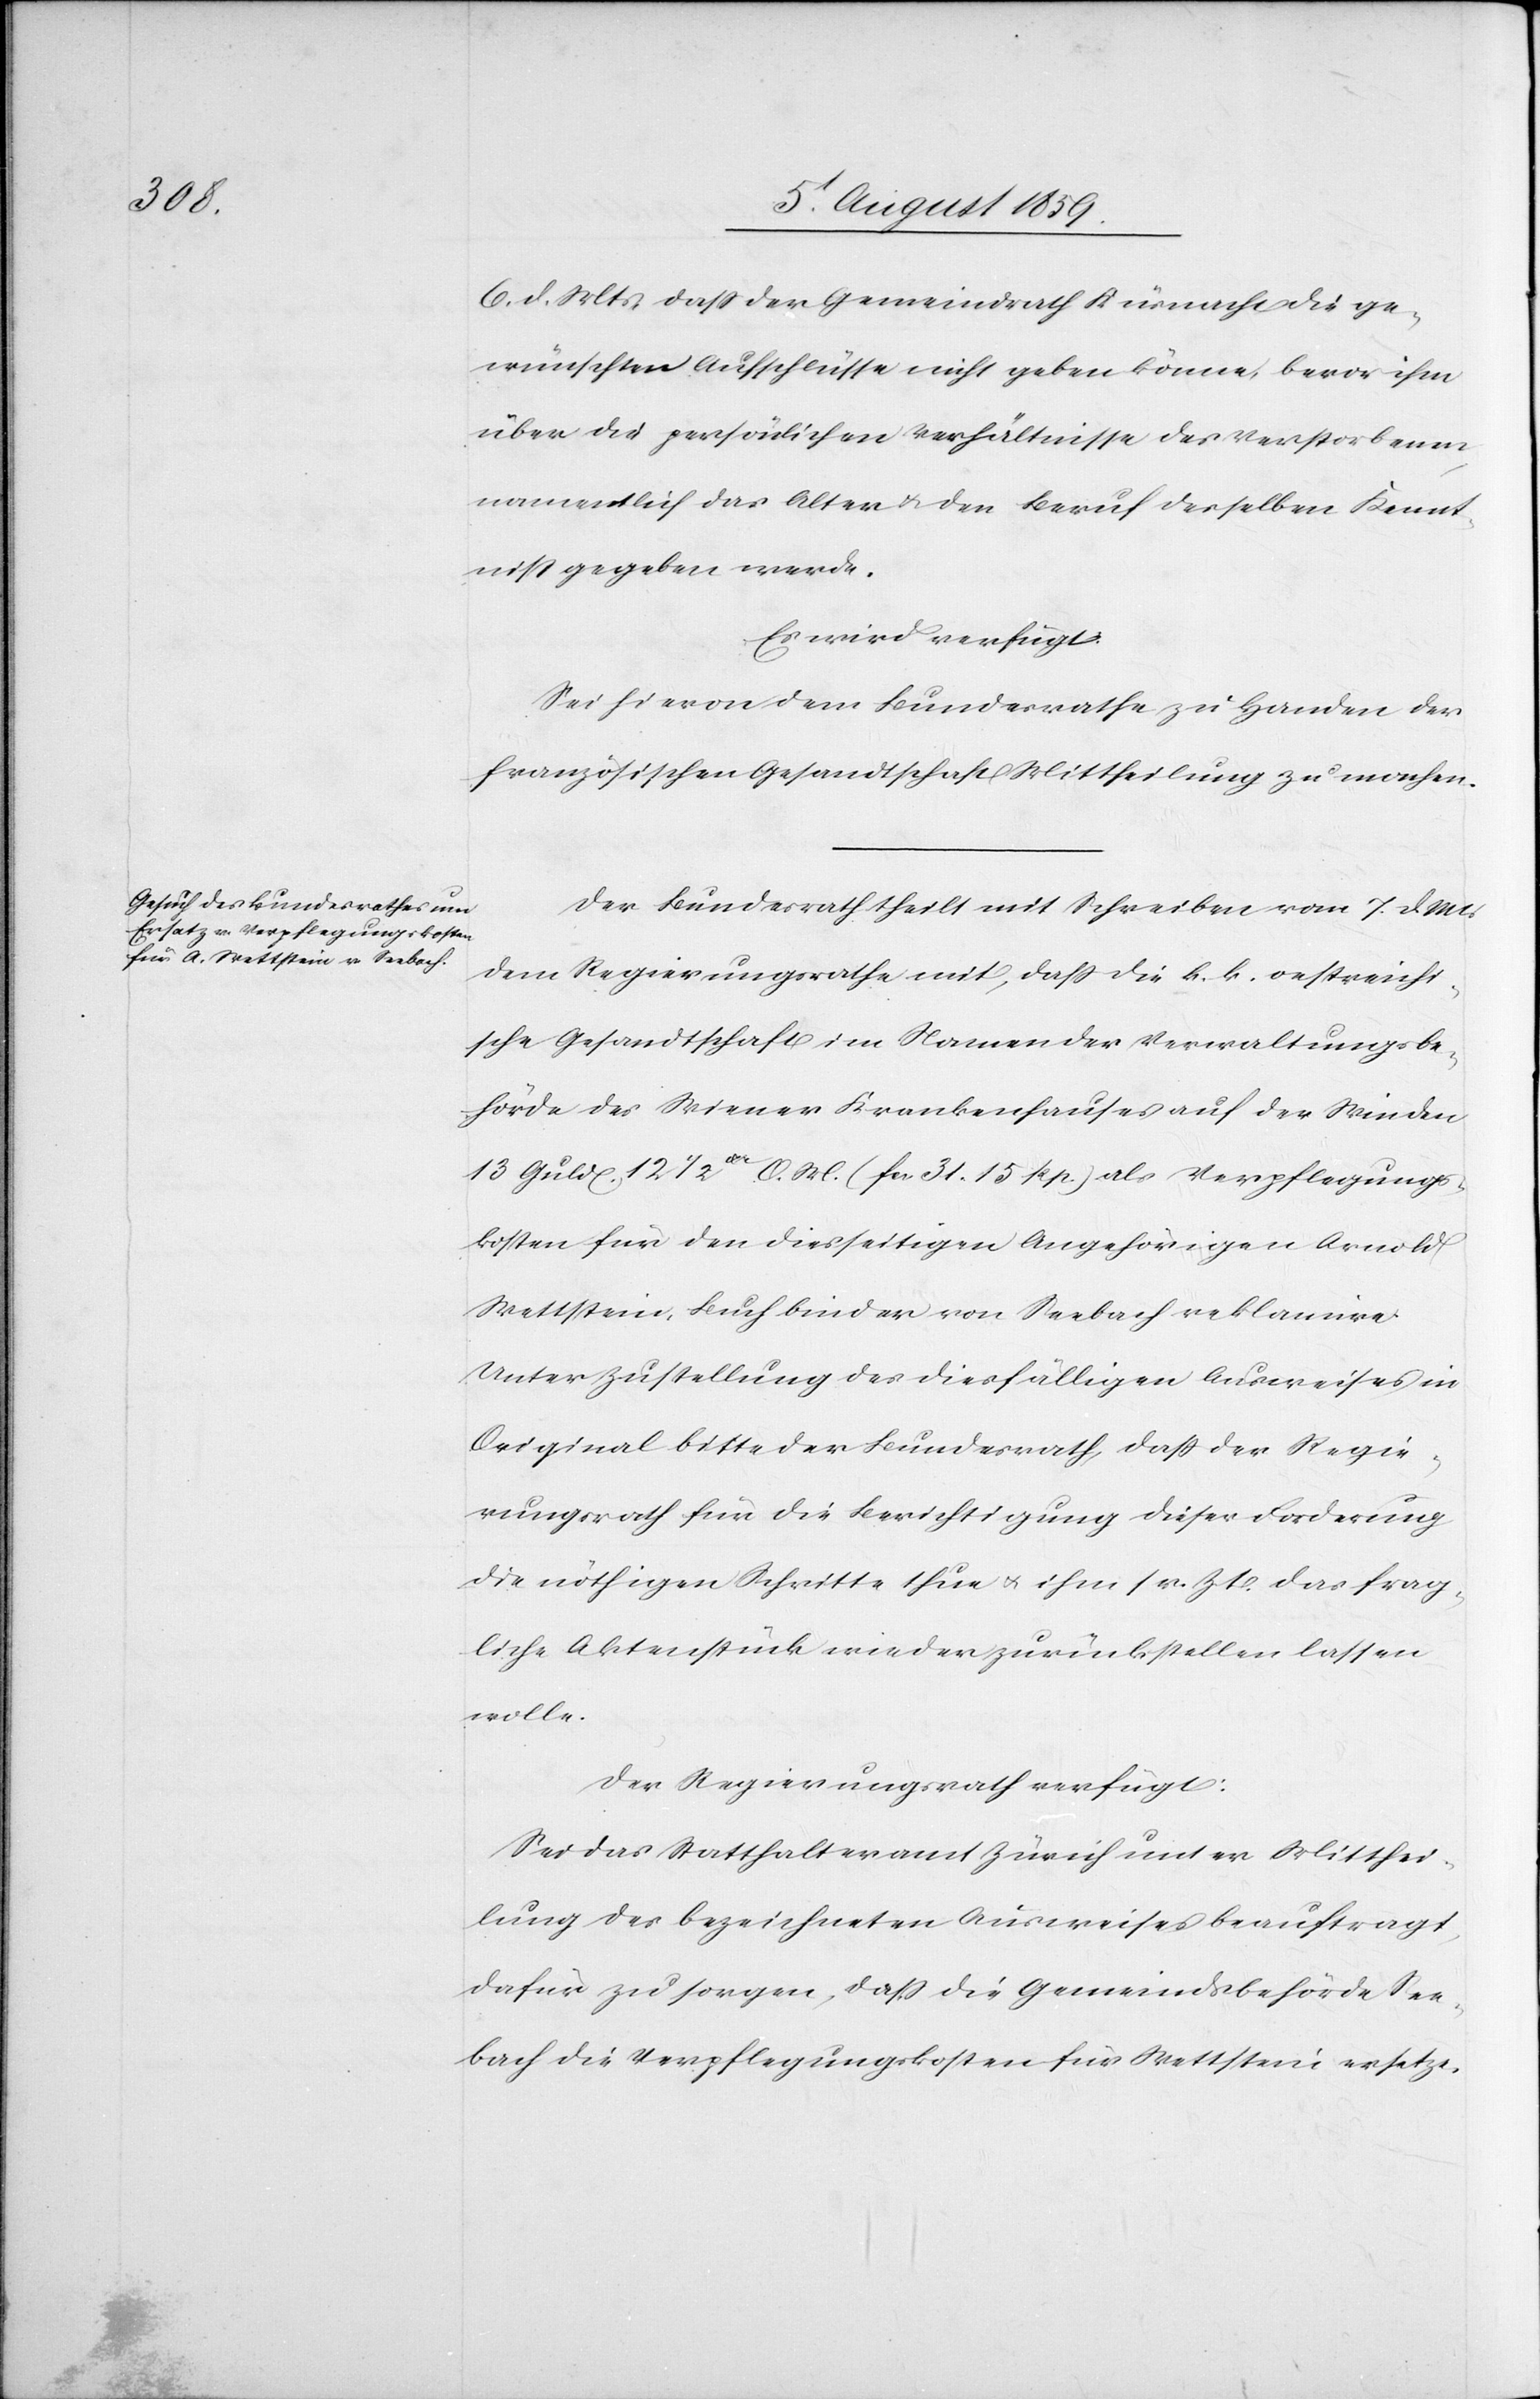
9. August 1859.
6. d. Mts. daß der Gemeindrath Küsnacht die ge¬
wünschten Aufschlüsse nicht geben könne, bevor ihm
über die persönlichen Verhältnisse des Verstorbenen
namentlich das Alter u. den Beruf derselben Kennt¬
niß gegeben werde.
Es wird verfügt.
Sei hievon dem Bundesrathe zu Handen der
französischen Gesandtschaft Mittheilung zu machen.
Der Bundesrath theilt mit Schreiben vom 7. d.
dem Regierungsrathe mit, daß die k. k. oestreichi¬
sche Gesandtschaft im Namen der Verwaltungsbe¬
hörde des Wiener Krankenhauses auf der Winden
13 Guld[en] 12 1/2xr O. M. (fcs. 31. 15 Rp.) als Verpflegungs¬
kosten für den diesseitigen Angehörigen Arnold
Wettstein, Buchbinder von Seebach reklamire.
Unter Zustellung des diesfälligen Ausweises in
Original bitte der Bundesrath, daß der Regie¬
rungsrath für die Berichtigung dieser Forderung
die nöthigen Schritte thue u. ihm sr. Zt. das frag¬
liche Aktenstück wieder zurückbestellen lassen
wolle.
Der Regierungsrath verfügt:
Sei das Statthalteramt Zürich unter Mitthei¬
lung des bezeichneten Ausweises beauftragt,
dafür zu sorgen, daß die Gemeindsbehörde See¬
bach die Verpflegungskosten für Wettstein ersetze.